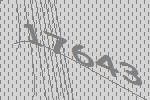
17643